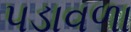
પડાવળા